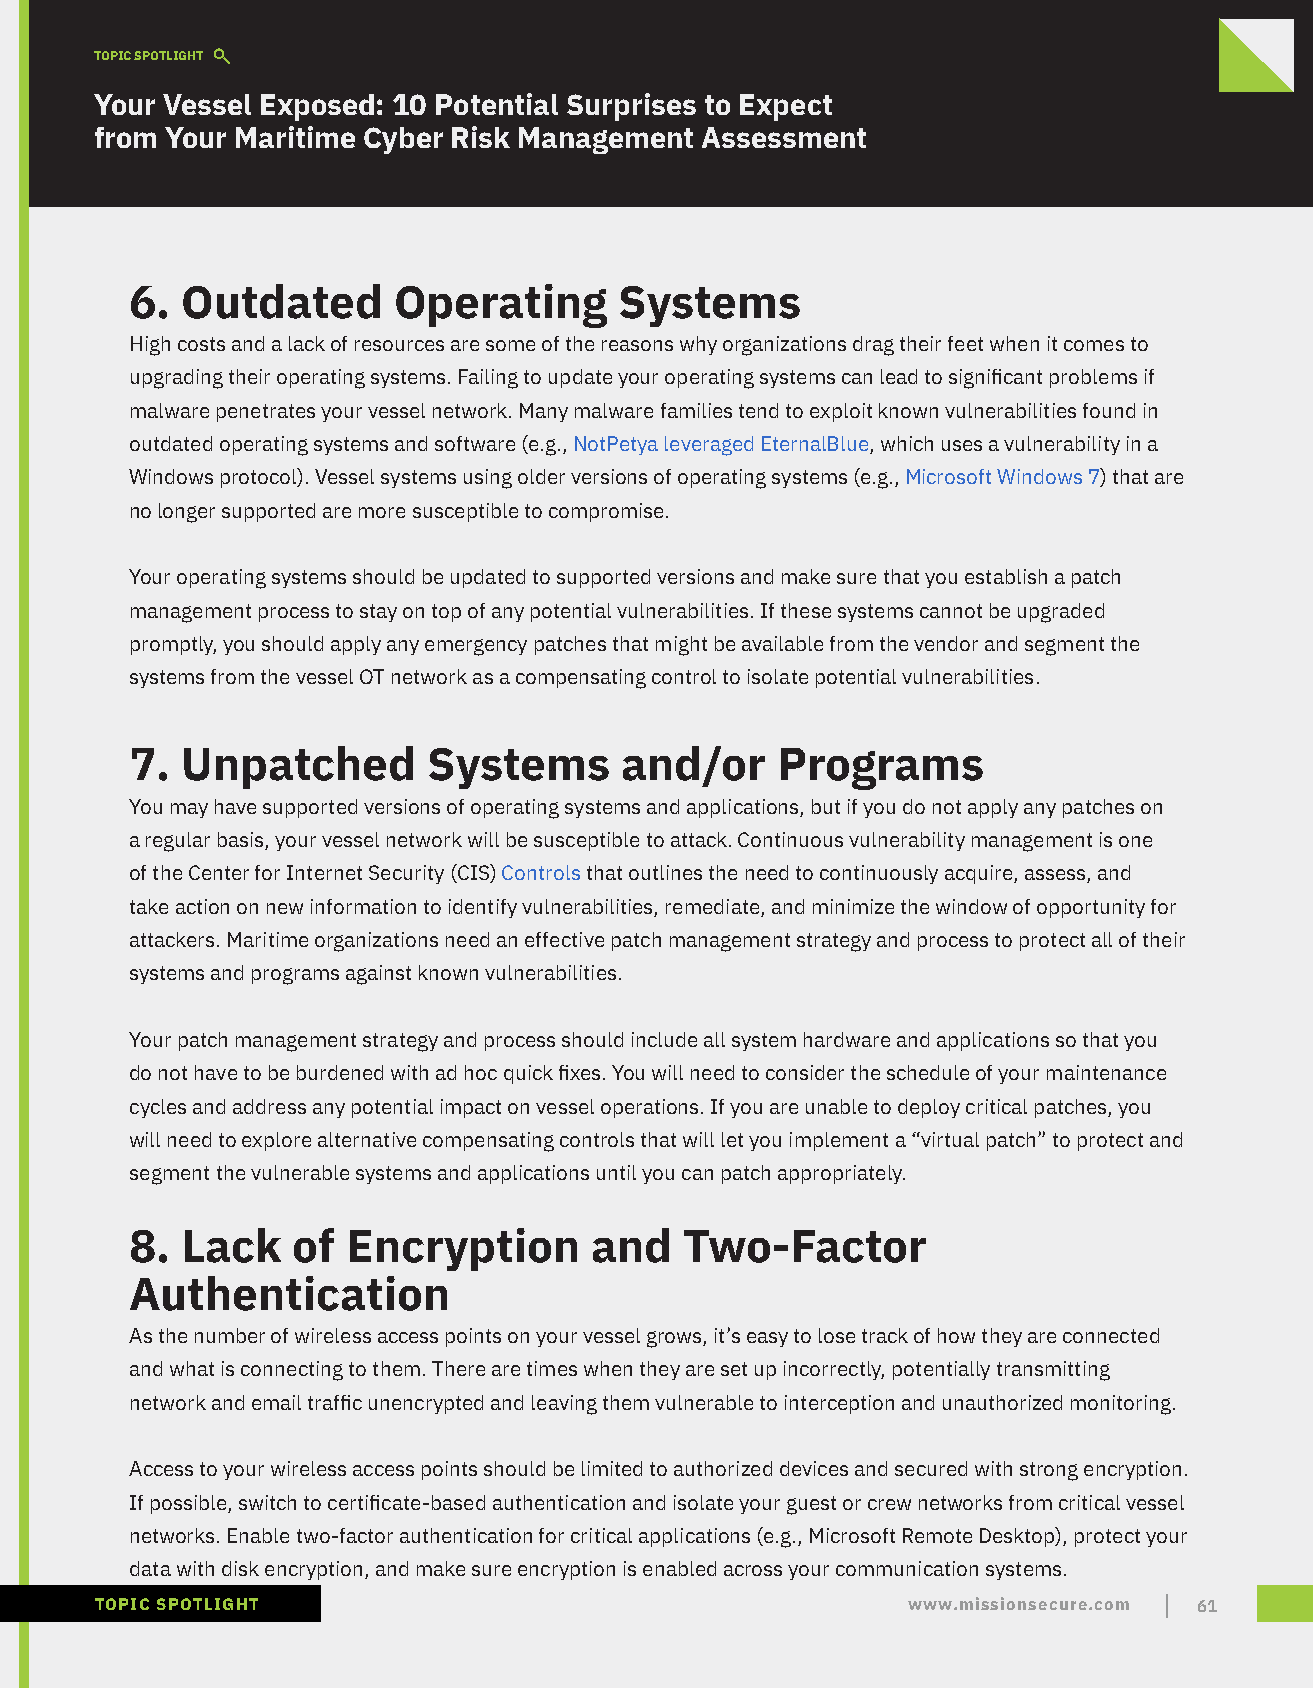
TOPIC SPOTLIGHT
 Your Vessel Exposed: 10 Potential Surprises to Expect
 from Your Maritime Cyber Risk Management Assessment
 6. Outdated      Operating      Systems
 High costs and a lack of resources are some of the reasons why organizations drag their feet when it comes to
 upgrading their operating systems. Failing to update your operating systems can lead to significant problems if
 malware penetrates your vessel network. Many malware families tend to exploit known vulnerabilities found in
 outdated operating systems and software (e.g., NotPetya leveraged EternalBlue, which uses a vulnerability in a
 Windows protocol). Vessel systems using older versions of operating systems (e.g., Microsoft Windows 7) that are
 no longer supported are more susceptible to compromise.
 Your operating systems should be updated to supported versions and make sure that you establish a patch
 management process to stay on top of any potential vulnerabilities. If these systems cannot be upgraded
 promptly, you should apply any emergency patches that might be available from the vendor and segment the
 systems from the vessel OT network as a compensating control to isolate potential vulnerabilities.
 7. Unpatched       Systems      and/or    Programs
 You may have supported versions of operating systems and applications, but if you do not apply any patches on
 a regular basis, your vessel network will be susceptible to attack. Continuous vulnerability management is one
 of the Center for Internet Security (CIS) Controls that outlines the need to continuously acquire, assess, and
 take action on new information to identify vulnerabilities, remediate, and minimize the window of opportunity for
 attackers. Maritime organizations need an effective patch management strategy and process to protect all of their
 systems and programs against known vulnerabilities.
 Your patch management strategy and process should include all system hardware and applications so that you
 do not have to be burdened with ad hoc quick fixes. You will need to consider the schedule of your maintenance
 cycles and address any potential impact on vessel operations. If you are unable to deploy critical patches, you
 will need to explore alternative compensating controls that will let you implement a “virtual patch” to protect and
 segment the vulnerable systems and applications until you can patch appropriately.
 8. Lack   of  Encryption      and   Two-Factor
 Authentication
 As the number of wireless access points on your vessel grows, it’s easy to lose track of how they are connected
 and what is connecting to them. There are times when they are set up incorrectly, potentially transmitting
 network and email traffic unencrypted and leaving them vulnerable to interception and unauthorized monitoring.
 Access to your wireless access points should be limited to authorized devices and secured with strong encryption.
 If possible, switch to certificate-based authentication and isolate your guest or crew networks from critical vessel
 networks. Enable two-factor authentication for critical applications (e.g., Microsoft Remote Desktop), protect your
 data with disk encryption, and make sure encryption is enabled across your communication systems.
 TOPIC SPOTLIGHT                                       www.missionsecure.com 61